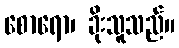
စောရော၊ ခိုးသူသည်။